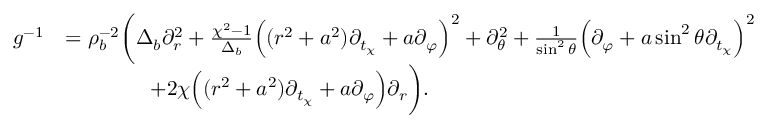
\begin{array} { r l } { g ^ { - 1 } } & { = \rho _ { b } ^ { - 2 } \bigg ( \Delta _ { b } \partial _ { r } ^ { 2 } + \frac { \chi ^ { 2 } - 1 } { \Delta _ { b } } \Big ( ( r ^ { 2 } + a ^ { 2 } ) \partial _ { t _ { \chi } } + a \partial _ { \varphi } \Big ) ^ { 2 } + \partial _ { \theta } ^ { 2 } + \frac { 1 } { \sin ^ { 2 } \theta } \Big ( \partial _ { \varphi } + a \sin ^ { 2 } \theta \partial _ { t _ { \chi } } \Big ) ^ { 2 } } \\ & { \qquad \qquad + 2 \chi \Big ( ( r ^ { 2 } + a ^ { 2 } ) \partial _ { t _ { \chi } } + a \partial _ { \varphi } \Big ) \partial _ { r } \bigg ) . } \end{array}